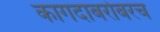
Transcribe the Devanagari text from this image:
कागदाबरोबरच